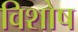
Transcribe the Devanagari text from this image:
विशोष